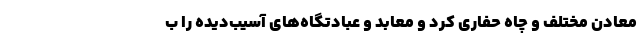
معادن مختلف و چاه حفاری کرد و معابد و عبادتگاه‌های آسیب‌دیده را ب